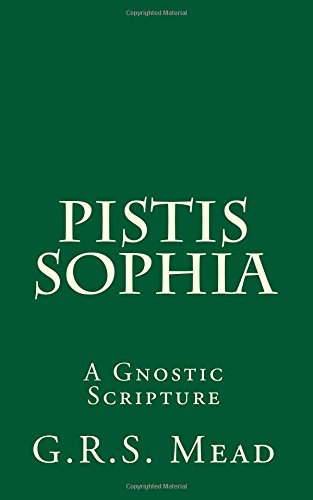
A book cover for Pistis Sophia: A Gnostic Scripture; G.R.S. Mead; Christian Books & Bibles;